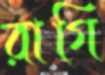
রাগি